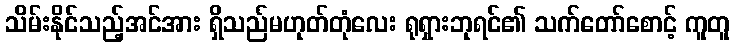
သိမ်းနိုင်သည့်အင်အား ရှိသည်မဟုတ်တုံလေး ရုရှားဘုရင်၏ သက်တော်စောင့် ကူတူ